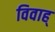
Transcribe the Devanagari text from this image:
विवाह्